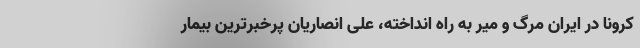
کرونا در ایران مرگ و میر به راه انداخته، علی انصاریان پرخبرترین بیمار